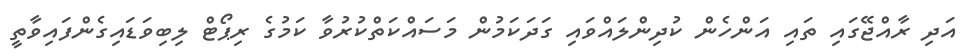
އަދި ރާއްޖޭގައި ތައި އަންހެން ކުދިންލައްވައި ގަދަކަމުން މަސައްކަތްކުރުވާ ކަމުގެ ރިޕޯޓް ލިބިވަޑައިގެންފައިވާތީ